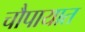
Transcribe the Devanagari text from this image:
चौपायात